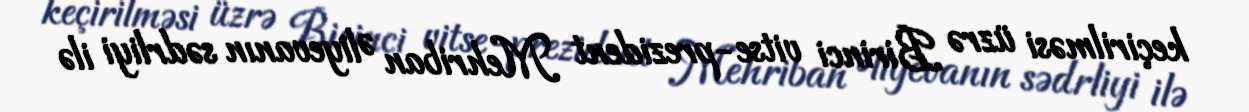
keçirilməsi üzrə Birinci vitse-prezident Mehriban Əliyevanın sədrliyi ilə